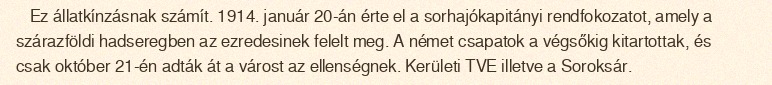
Ez állatkínzásnak számít. 1914. január 20-án érte el a sorhajókapitányi rendfokozatot, amely a szárazföldi hadseregben az ezredesinek felelt meg. A német csapatok a végsőkig kitartottak, és csak október 21-én adták át a várost az ellenségnek. Kerületi TVE illetve a Soroksár.